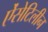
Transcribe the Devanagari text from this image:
ऐंसेटिलीन